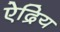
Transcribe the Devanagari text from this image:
ऐद्रिय